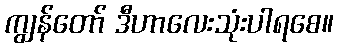
ကျွန်တော် ဒီဟာလေးသုံးပါရစေ။